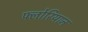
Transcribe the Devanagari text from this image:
फ्लोरियान